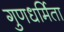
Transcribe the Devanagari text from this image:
गुणधर्मिता